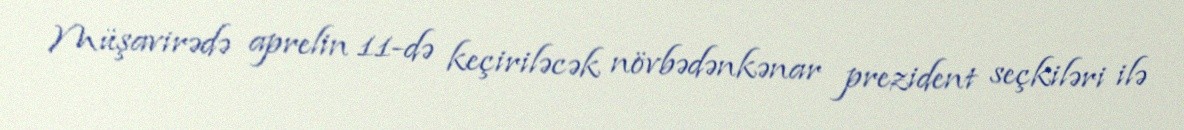
Müşavirədə aprelin 11-də keçiriləcək növbədənkənar prezident seçkiləri ilə